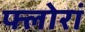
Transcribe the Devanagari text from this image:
फ्लोरां